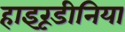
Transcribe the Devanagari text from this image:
हाइरूडीनिया